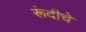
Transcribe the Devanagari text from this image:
रूंदीचे